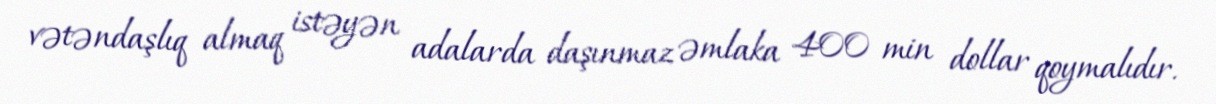
vətəndaşlıq almaq istəyən adalarda daşınmaz əmlaka 400 min dollar qoymalıdır.